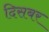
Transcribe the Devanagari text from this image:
दिसबर